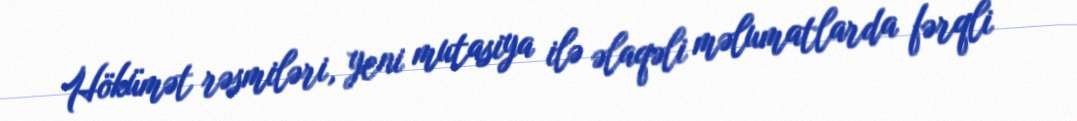
Hökümət rəsmiləri, yeni mutasiya ilə əlaqəli məlumatlarda fərqli